Vaccine operations Central Provinces & Berar 1922-1929 - 1922-1929
Year: 1922
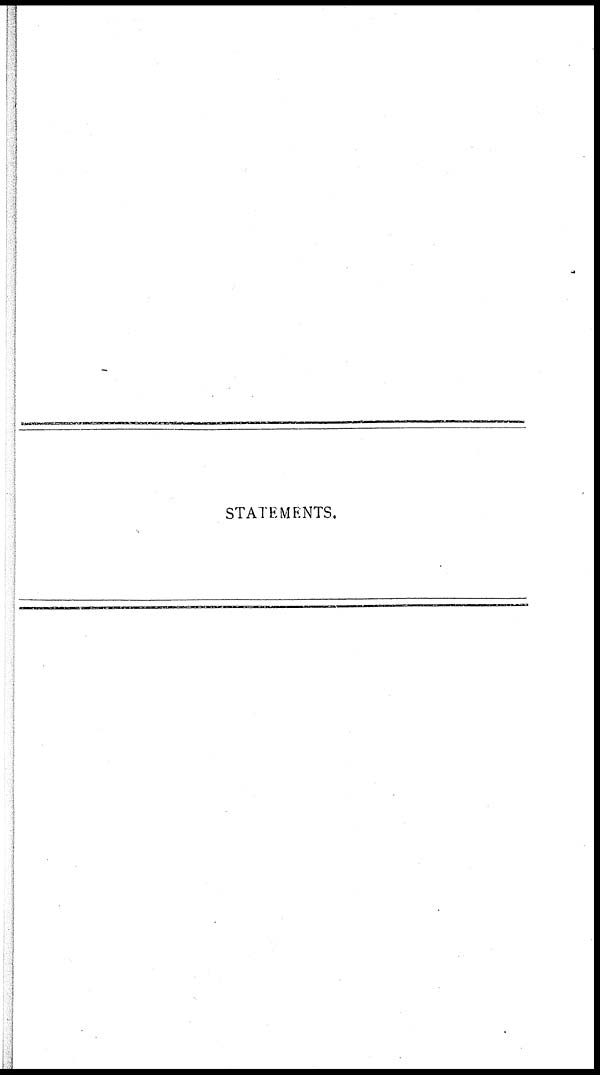
STATEMENTS.